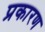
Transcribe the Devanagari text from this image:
प्रकारण